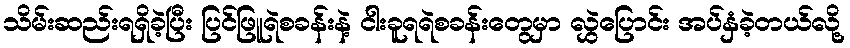
သိမ်းဆည်းရရှိခဲ့ပြီး ပြင်ဖြူရဲစခန်းနဲ့ ငါးခူရရဲစခန်းတွေမှာ လွှဲပြောင်း အပ်နှံခဲ့တယ်လို့